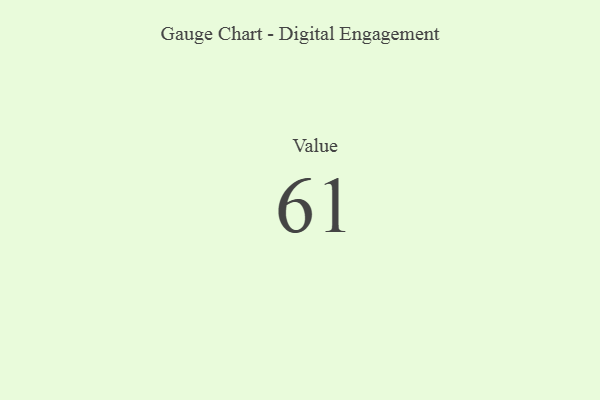
{"axis": {"x": "Metric", "y": "Value"}, "legend": [""], "data": [{"x": "Value", "y": 61, "type": ""}]}